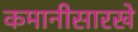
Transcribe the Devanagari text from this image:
कमानीसारखे